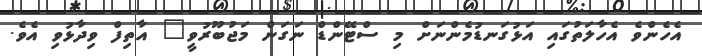
އެހެންވެ އެހާލަތުގައި އަޅުގަނޑުމެންނަށް މި ސްޓޭންޑް ނަގަން މަޖުބޫރުވީ" އާތިފް ވިދާޅުވި އެވެ.